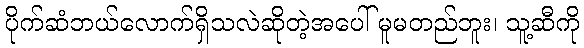
ပိုက်ဆံဘယ်လောက်ရှိသလဲဆိုတဲ့အပေါ် မူမတည်ဘူး၊ သူ့ဆီကို